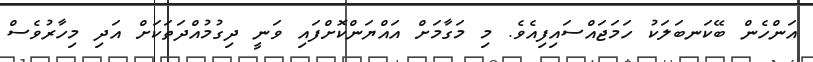
އަންހެން ބޭކަނބަލަކު ހަމަޖައްސައިފިއެވެ. މި މަގާމަށް އައްޔަންކޮށްފައި ވަނީ ދިގުމުއްދަތަކަށް އަދި މިހާރުވެސް